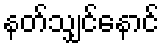
နတ်သျှင်နောင်